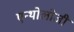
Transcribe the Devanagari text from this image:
एन्थोलोजी